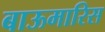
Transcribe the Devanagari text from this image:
बाऊमारिस